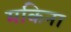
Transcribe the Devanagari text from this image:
मकिना